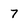
Character: 7